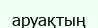
аруақтың